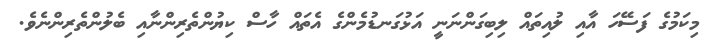
މިކަމުގެ ފަސޭހަ އާއި ލުއިތައް ލިބިގަންނަނީ އަޅުގަނޑުމެންގެ އެތައް ހާސް ކިޔުންތެރިންނާއި ބެލުންތެރިންނެވެ.